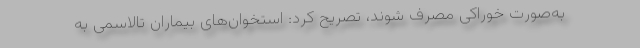
به‌صورت خوراکی مصرف شوند، تصریح کرد: استخوان‌های بیماران تالاسمی به